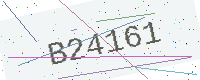
Text: B24161